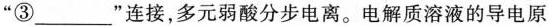
“③___”连接，多元弱酸分步电离。电解质溶液的导电原